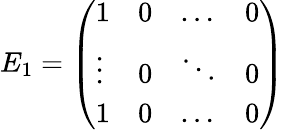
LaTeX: E_{1}=\left(\begin{array}{llll}{1}&{0}&{\dots}&{0}\\ {\vdots}&{0}&{\ddots}&{0}\\ {1}&{0}&{\dots}&{0}\end{array}\right)